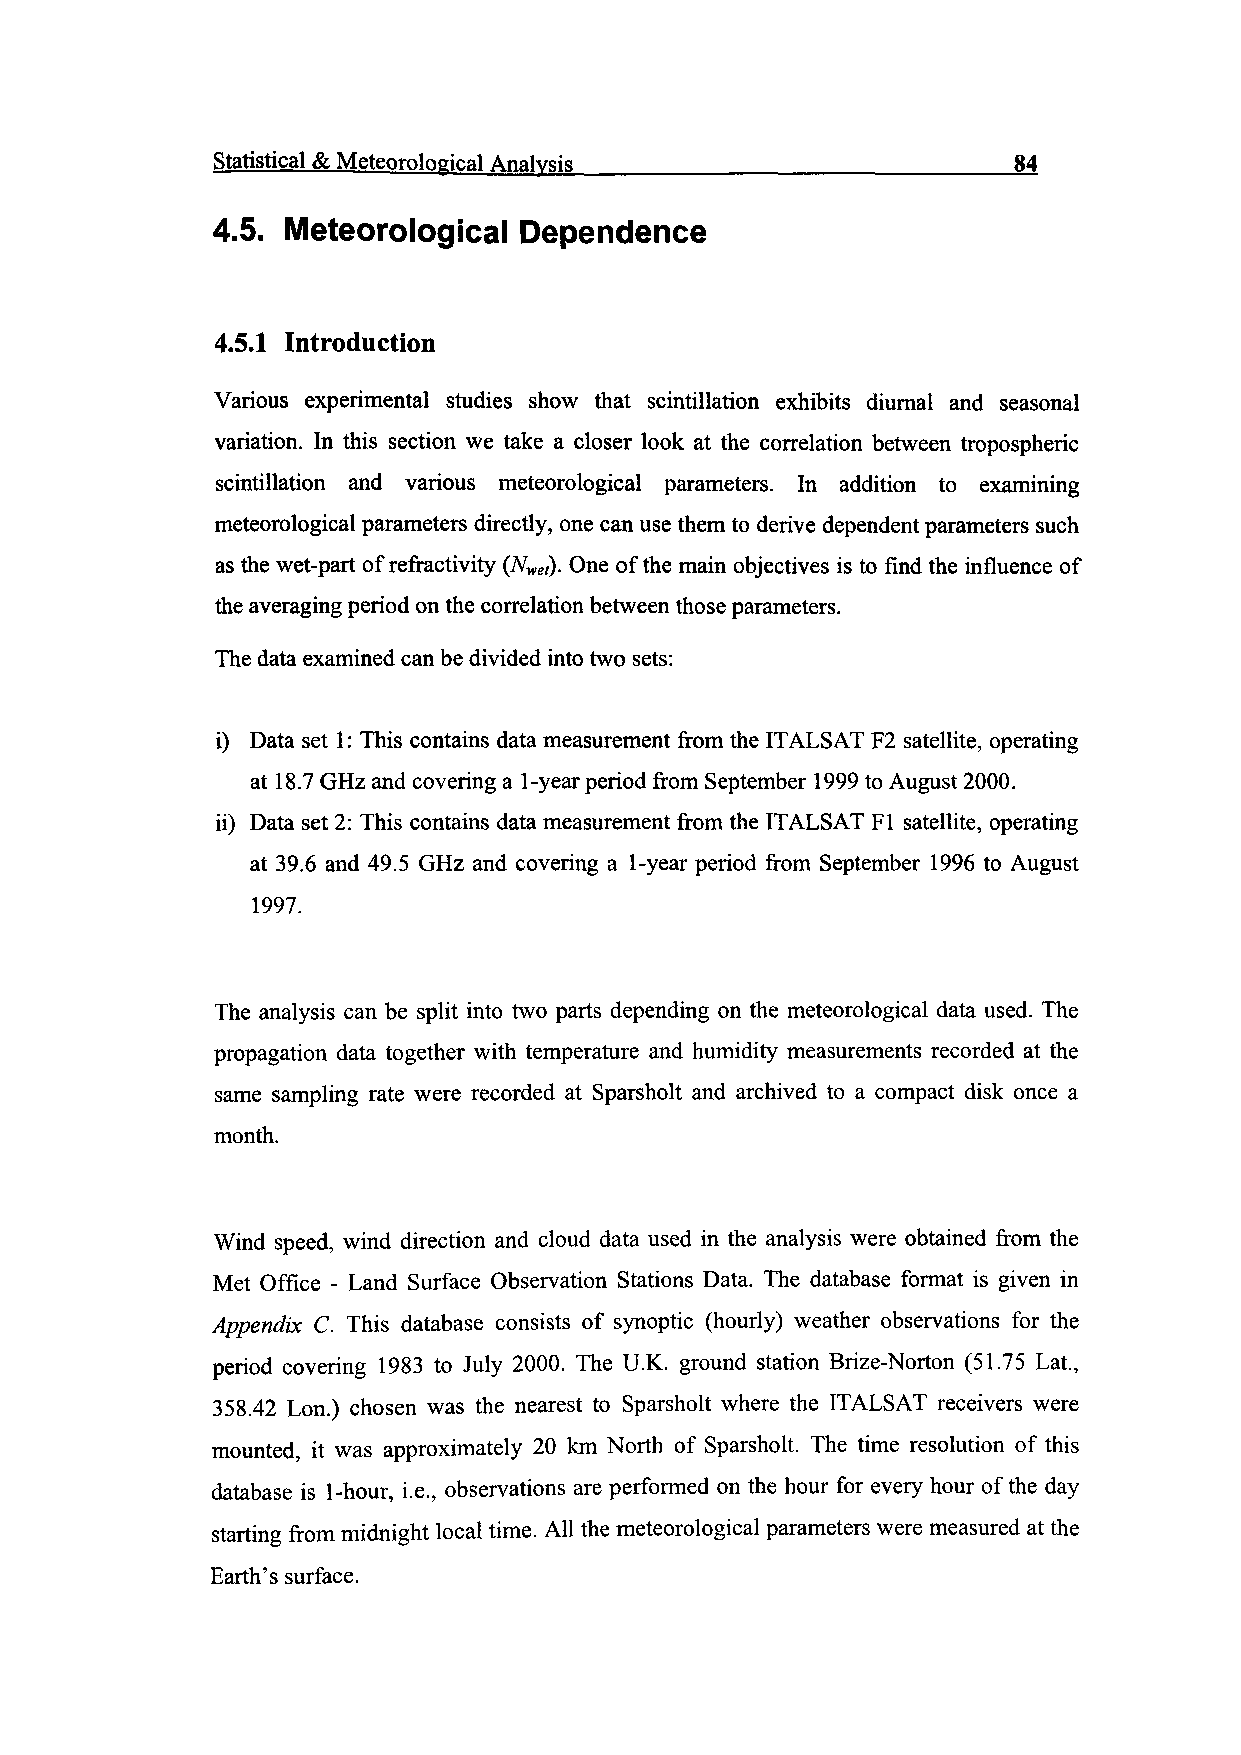
Statistical & Meteorological Analysis________________________84
 4.5. Meteorological Dependence
 4.5.1 Introduction
 Various experimental studies show that scintillation exhibits diurnal and seasonal
 variation. In this section we take a closer look at the correlation between tropospheric
 scintillation and various meteorological parameters. In addition to examining
 meteorological parameters directly, one can use them to derive dependent parameters such
 as the wet-part of refractivity (Nwel). One of the main objectives is to find the influence of
 the averaging period on the correlation between those parameters.
 The data examined can be divided into two sets:
 i) Data set 1: This contains data measurement from the ITALSAT F2 satellite, operating
 at 18.7 GHz and covering a 1-year period from September 1999 to August 2000.
 ii) Data set 2: This contains data measurement from the ITALSAT Fl satellite, operating
 at 39.6 and 49.5 GHz and covering a 1-year period from September 1996 to August
 1997.
 The analysis can be split into two parts depending on the meteorological data used. The
 propagation data together with temperature and humidity measurements recorded at the
 same sampling rate were recorded at Sparsholt and archived to a compact disk once a
 month.
 Wind speed, wind direction and cloud data used in the analysis were obtained from the
 Met Office - Land Surface Observation Stations Data. The database format is given in
 Appendix C. This database consists of synoptic (hourly) weather observations for the
 period covering 1983 to July 2000. The U.K. ground station Brize-Norton (51.75 Lat.,
 358.42 Lon.) chosen was the nearest to Sparsholt where the ITALSAT receivers were
 mounted, it was approximately 20 km North of Sparsholt. The time resolution of this
 database is 1-hour, i.e., observations are performed on the hour for every hour of the day
 starting from midnight local time. All the meteorological parameters were measured at the
 Earth's surface.